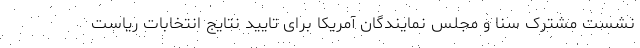
نشست مشترک سنا و مجلس نمایندگان آمریکا برای تایید نتایج انتخابات ریاست